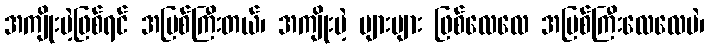
အကျိုးမဲ့ဖြစ်ရင် အပြစ်ကြီးတယ်၊ အကျိုးမဲ့ များများ ဖြစ်လေလေ အပြစ်ကြီးလေလေပဲ၊